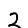
Digit: 2